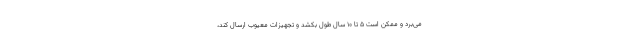
می‌برد و ممکن است 5 تا 10 سال طول بکشد و تجهیزات معیوب ارسال کند،